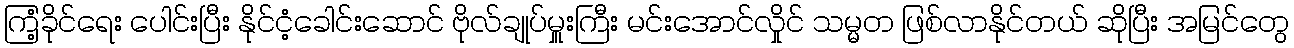
ကြံ့ခိုင်ရေး ပေါင်းပြီး နိုင်ငံ့ခေါင်းဆောင် ဗိုလ်ချုပ်မှူးကြီး မင်းအောင်လှိုင် သမ္မတ ဖြစ်လာနိုင်တယ် ဆိုပြီး အမြင်တွေ